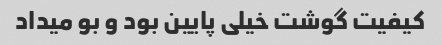
کیفیت گوشت خیلی پایین بود و بو میداد